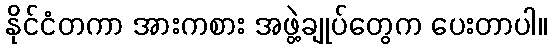
နိုင်ငံတကာ အားကစား အဖွဲ့ချုပ်တွေက ပေးတာပါ။